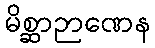
မိစ္ဆာဉာဏေန